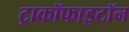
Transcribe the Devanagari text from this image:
ट्राकॉफाइटॉन